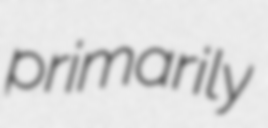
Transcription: primarily